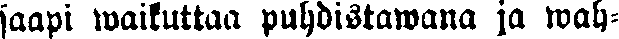
saapi waikuttaa puhdistawana ja wah-